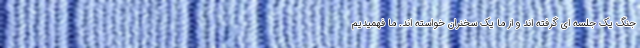
جنگ یک جلسه ای گرفته اند و از ما یک سخنران خواسته اند. ما فهمیدیم